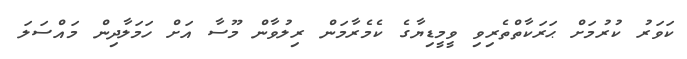
ކަވަރު ކުރުމަށް ޙަރަކާތްތެރިވި ވީމީޑިޔާގެ ކެމެރާމަން ރިލުވާން މޫސާ އަށް ހަމަލާދިން މައްސަލަ